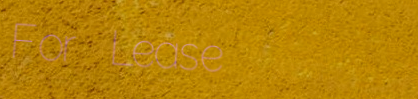
For Lease